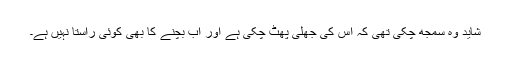
شاید وہ سمجھ چکی تھی کہ اس کی جھلی پھٹ چکی ہے اور اب بچنے کا بھی کوئی راستا نہیں ہے۔